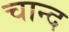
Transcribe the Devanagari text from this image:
चान्‍द